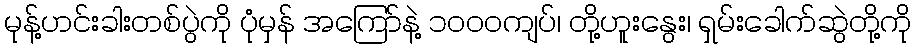
မုန့်ဟင်းခါးတစ်ပွဲကို ပုံမှန် အကြော်နဲ့ ၁ဝဝဝကျပ်၊ တို့ဟူးနွေး၊ ရှမ်းခေါက်ဆွဲတို့ကို